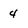
Character: 4